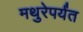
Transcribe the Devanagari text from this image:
मथुरेपर्यंत